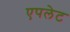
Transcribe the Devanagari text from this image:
एपलेट